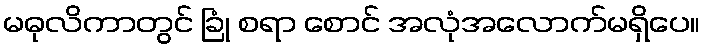
မဓုလိကာတွင် ခြုံ စရာ စောင် အလုံအလောက်မရှိပေ။